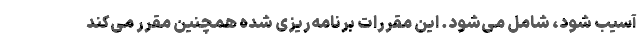
آسیب شود، شامل می‌شود. این مقررات برنامه‌ریزی شده همچنین مقرر می‌کند